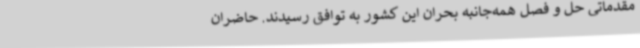
مقدماتی حل و فصل همه‌جانبه بحران این کشور به توافق رسیدند. حاضران